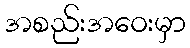
အစည်းအဝေးမှာ